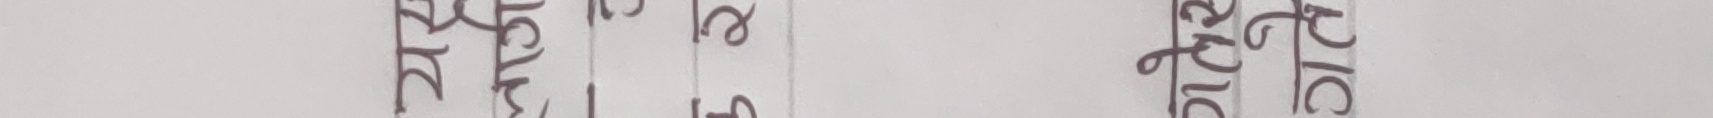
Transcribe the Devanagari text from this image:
नियोग रेट SLC